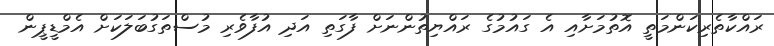
ރައްކާތެރިކަންމަތީ އޮތުމަށާއި އެ ގައުމުގެ ރައްޔިތުންނަށް ފާގަތި އަދި އުފާވެރި މުސްތަގުބަލަކަށް އެމްޑީޕީން